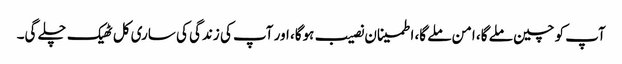
آپ کو چین ملے گا، امن ملے گا، اطمینان نصیب ہوگا، اور آپ کی زندگی کی ساری کل ٹھیک چلے گی۔